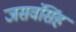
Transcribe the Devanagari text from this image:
जसवंसिंह